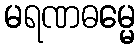
မရဏဓမ္မေ